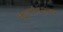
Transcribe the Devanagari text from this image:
मुद्यांवरून